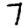
Digit: 7